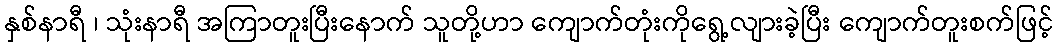
နှစ်နာရီ ၊ သုံးနာရီ အကြာတူးပြီးနောက် သူတို့ဟာ ကျောက်တုံးကိုရွေ့လျားခဲ့ပြီး ကျောက်တူးစက်ဖြင့်